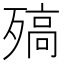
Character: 𣩅